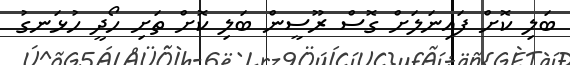
ބަލި ކޮށް ފައިނަލަށް ގޮސް ރޫސީން ބަލި ކޮށް ތަށި ހޯދީ ހުޅަނގު